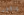
ماكجى